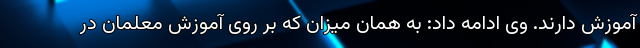
آموزش دارند. وی ادامه داد: به همان میزان که بر روی آموزش معلمان در